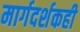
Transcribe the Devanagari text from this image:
मार्गदर्शकही